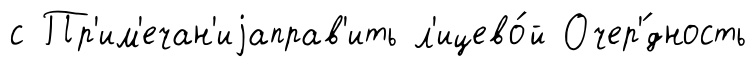
с Пр'им'ечан'иjаправ'ить л'ицево́й Очер'́дность